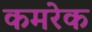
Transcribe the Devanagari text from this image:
कमरेक